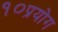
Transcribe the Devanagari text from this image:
१०प्रयोग